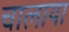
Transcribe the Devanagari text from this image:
चालाया